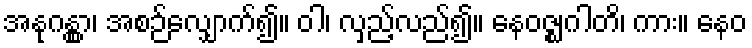
အနုဂန္တွာ၊ အစဉ်လျှောက်၍။ ဝါ၊ လှည့်လည်၍။ နေဝဇ္ဈဂါတိ၊ ကား။ နေဝ